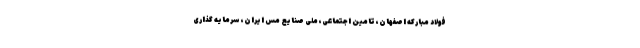
فولاد مبارکه اصفهان، تامین اجتماعی، ملی صنایع مس ایران، سرمایه گذاری